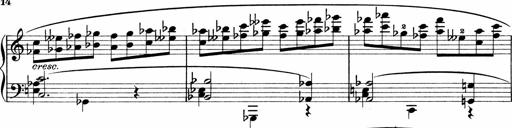
Title: Sonatina No.1
Composer: Otto Stoll
Key: C major